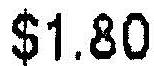
$1.80